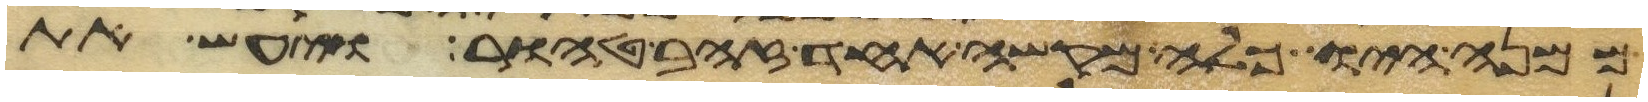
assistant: ממנה היו כלה מקשה אחד זהב טהור ויעש את